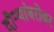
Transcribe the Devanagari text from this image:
दौऱ्यांबरोबर